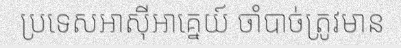
ប្រទេសអាស៊ីអាគ្នេយ៍ ចាំបាច់ត្រូវមាន